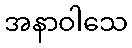
အနာဝါသေ